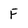
Character: F